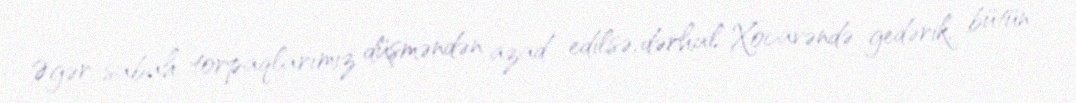
Əgər sabah torpaqlarımız düşməndən azad edilsə, dərhal Xocavəndə gedərik, bütün